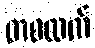
တစထက်